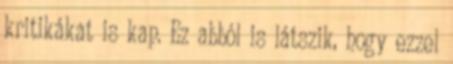
kritikákat is kap. Ez abból is látszik, hogy ezzel